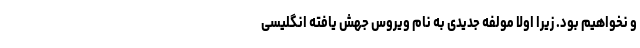
و نخواهیم بود. زیرا اولا مولفه جدیدی به نام ویروس جهش یافته انگلیسی